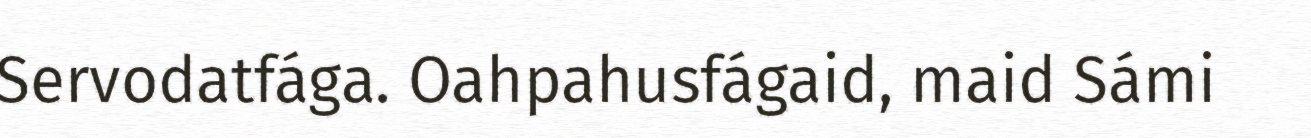
Servodatfága. Oahpahusfágaid, maid Sámi